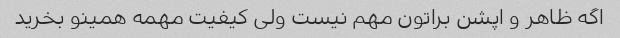
اگه ظاهر و اپشن براتون مهم نیست ولی کیفیت مهمه همینو بخرید